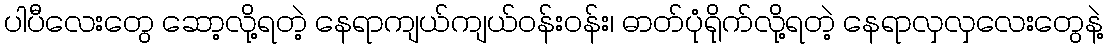
ပါပီလေးတွေ ဆော့လို့ရတဲ့ နေရာကျယ်ကျယ်ဝန်းဝန်း၊ ဓာတ်ပုံရိုက်လို့ရတဲ့ နေရာလှလှလေးတွေနဲ့